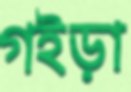
গইড়া